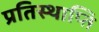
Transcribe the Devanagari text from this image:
प्रतिस्थाप्ति